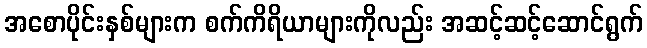
အစောပိုင်းနှစ်များက စက်ကိရိယာများကိုလည်း အဆင့်ဆင့်ဆောင်ရွက်